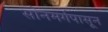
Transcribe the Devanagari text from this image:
सोनमर्गपासून